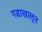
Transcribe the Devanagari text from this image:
गडाखालून